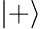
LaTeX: \left|+\right\rangle